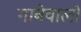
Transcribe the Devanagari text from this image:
गानेवालों